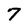
Character: 7